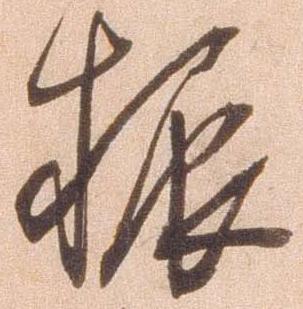
振